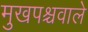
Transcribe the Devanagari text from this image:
मुखपश्चवाले